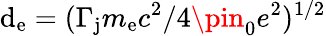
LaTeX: \mathrm{d}_{\mathrm{{e}}}=(\Gamma_{\mathrm{{j}}}m_{\mathrm{{e}}}c^{2}/4\pin_{0}e^{2})^{1/2}